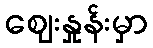
ဈေးနှုန်းမှာ